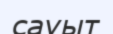
сауыт